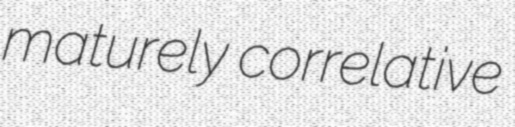
maturely correlative